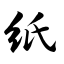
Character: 纸